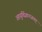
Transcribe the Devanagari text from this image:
आयुर्विज्ञानजगत्